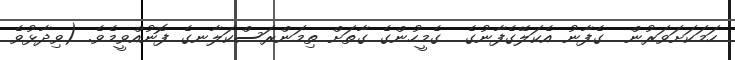
ހަމަކަށަވަރުން  ގެފާނު އެކަލޭގެފާނުގެ  ގެމީހުންގެ ގާތަށް ތިމަންރަސްކަލާނގެ ފޮނުއްވީމެވެ. (ވިދާޅުވެ